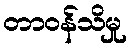
တာဝန်သိမှု